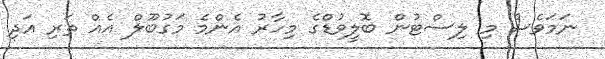
ނަމަވެސް މި ލިސްޓުން ބޮލީވުޑްގެ މިހާރު އެންމެ މަގުބޫލް އެއް ތަރި އަދި